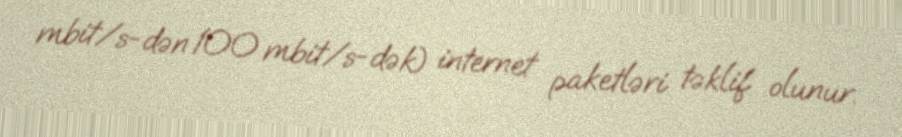
mbit/s-dən 100 mbit/s-dək) internet paketləri təklif olunur.